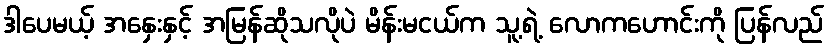
ဒါပေမယ့် အနှေးနှင့် အမြန်ဆိုသလိုပဲ မိန်းမငယ်က သူ့ရဲ့ လောကဟောင်းကို ပြန်လည်